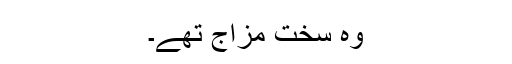
وہ سخت مزاج تھے۔